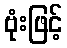
ဗုံးဖြင့်